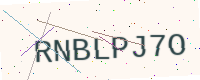
Text: RNBLPJ7O